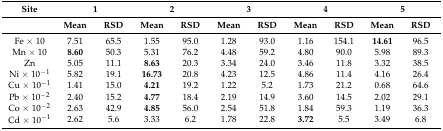
<table><thead><tr><td><b>Site</b></td><td colspan="2"><b>1</b></td><td colspan="2"><b>2</b></td><td colspan="2"><b>3</b></td><td colspan="2"><b>4</b></td><td colspan="2"><b>5</b></td></tr><tr><td></td><td><b>Mean</b></td><td><b>RSD</b></td><td><b>Mean</b></td><td><b>RSD</b></td><td><b>Mean</b></td><td><b>RSD</b></td><td><b>Mean</b></td><td><b>RSD</b></td><td><b>Mean</b></td><td><b>RSD</b></td></tr></thead><tbody><tr><td>Fe × 10</td><td>7.51</td><td>65.5</td><td>1.55</td><td>95.0</td><td>1.28</td><td>93.0</td><td>1.16</td><td>154.1</td><td><b>14.61</b></td><td>96.5</td></tr><tr><td>Mn × 10</td><td><b>8.60</b></td><td>50.3</td><td>5.31</td><td>76.2</td><td>4.48</td><td>59.2</td><td>4.80</td><td>90.0</td><td>5.98</td><td>89.3</td></tr><tr><td>Zn</td><td>5.05</td><td>11.1</td><td><b>8.63</b></td><td>20.3</td><td>3.34</td><td>24.0</td><td>3.46</td><td>11.8</td><td>3.32</td><td>38.5</td></tr><tr><td>Ni × 10<sup>−1</sup></td><td>5.82</td><td>19.1</td><td><b>16.73</b></td><td>20.8</td><td>4.23</td><td>12.5</td><td>4.86</td><td>11.4</td><td>4.16</td><td>26.4</td></tr><tr><td>Cu × 10<sup>−1</sup></td><td>1.41</td><td>15.0</td><td><b>4.21</b></td><td>19.2</td><td>1.22</td><td>5.2</td><td>1.73</td><td>21.2</td><td>0.68</td><td>64.6</td></tr><tr><td>Pb × 10<sup>−2</sup></td><td>2.40</td><td>15.2</td><td><b>4.77</b></td><td>18.4</td><td>2.19</td><td>14.9</td><td>3.60</td><td>14.5</td><td>2.02</td><td>29.1</td></tr><tr><td>Co × 10<sup>−2</sup></td><td>2.63</td><td>42.9</td><td><b>4.85</b></td><td>56.0</td><td>2.54</td><td>51.8</td><td>1.84</td><td>59.3</td><td>1.19</td><td>36.3</td></tr><tr><td>Cd × 10<sup>−1</sup></td><td>2.62</td><td>5.6</td><td>3.33</td><td>6.2</td><td>1.78</td><td>22.8</td><td><b>3.72</b></td><td>5.5</td><td>3.49</td><td>6.8</td></tr></tbody></table>